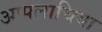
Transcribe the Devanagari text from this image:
अप्पलाचिया